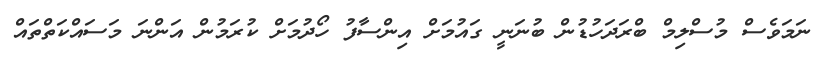
ނަމަވެސް މުސްލިމް ބްރަދަހުޑުން ބުނަނީ ގައުމަށް އިންސާފު ހޯދުމަށް ކުރަމުން އަންނަ މަސައްކަތްތައް